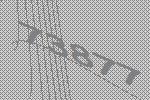
73877